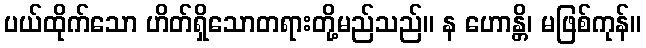
ပယ်ထိုက်သော ဟိတ်ရှိသောတရားတို့မည်သည်။ န ဟောန္တိ၊ မဖြစ်ကုန်။